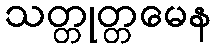
သတ္တုတ္တမေန